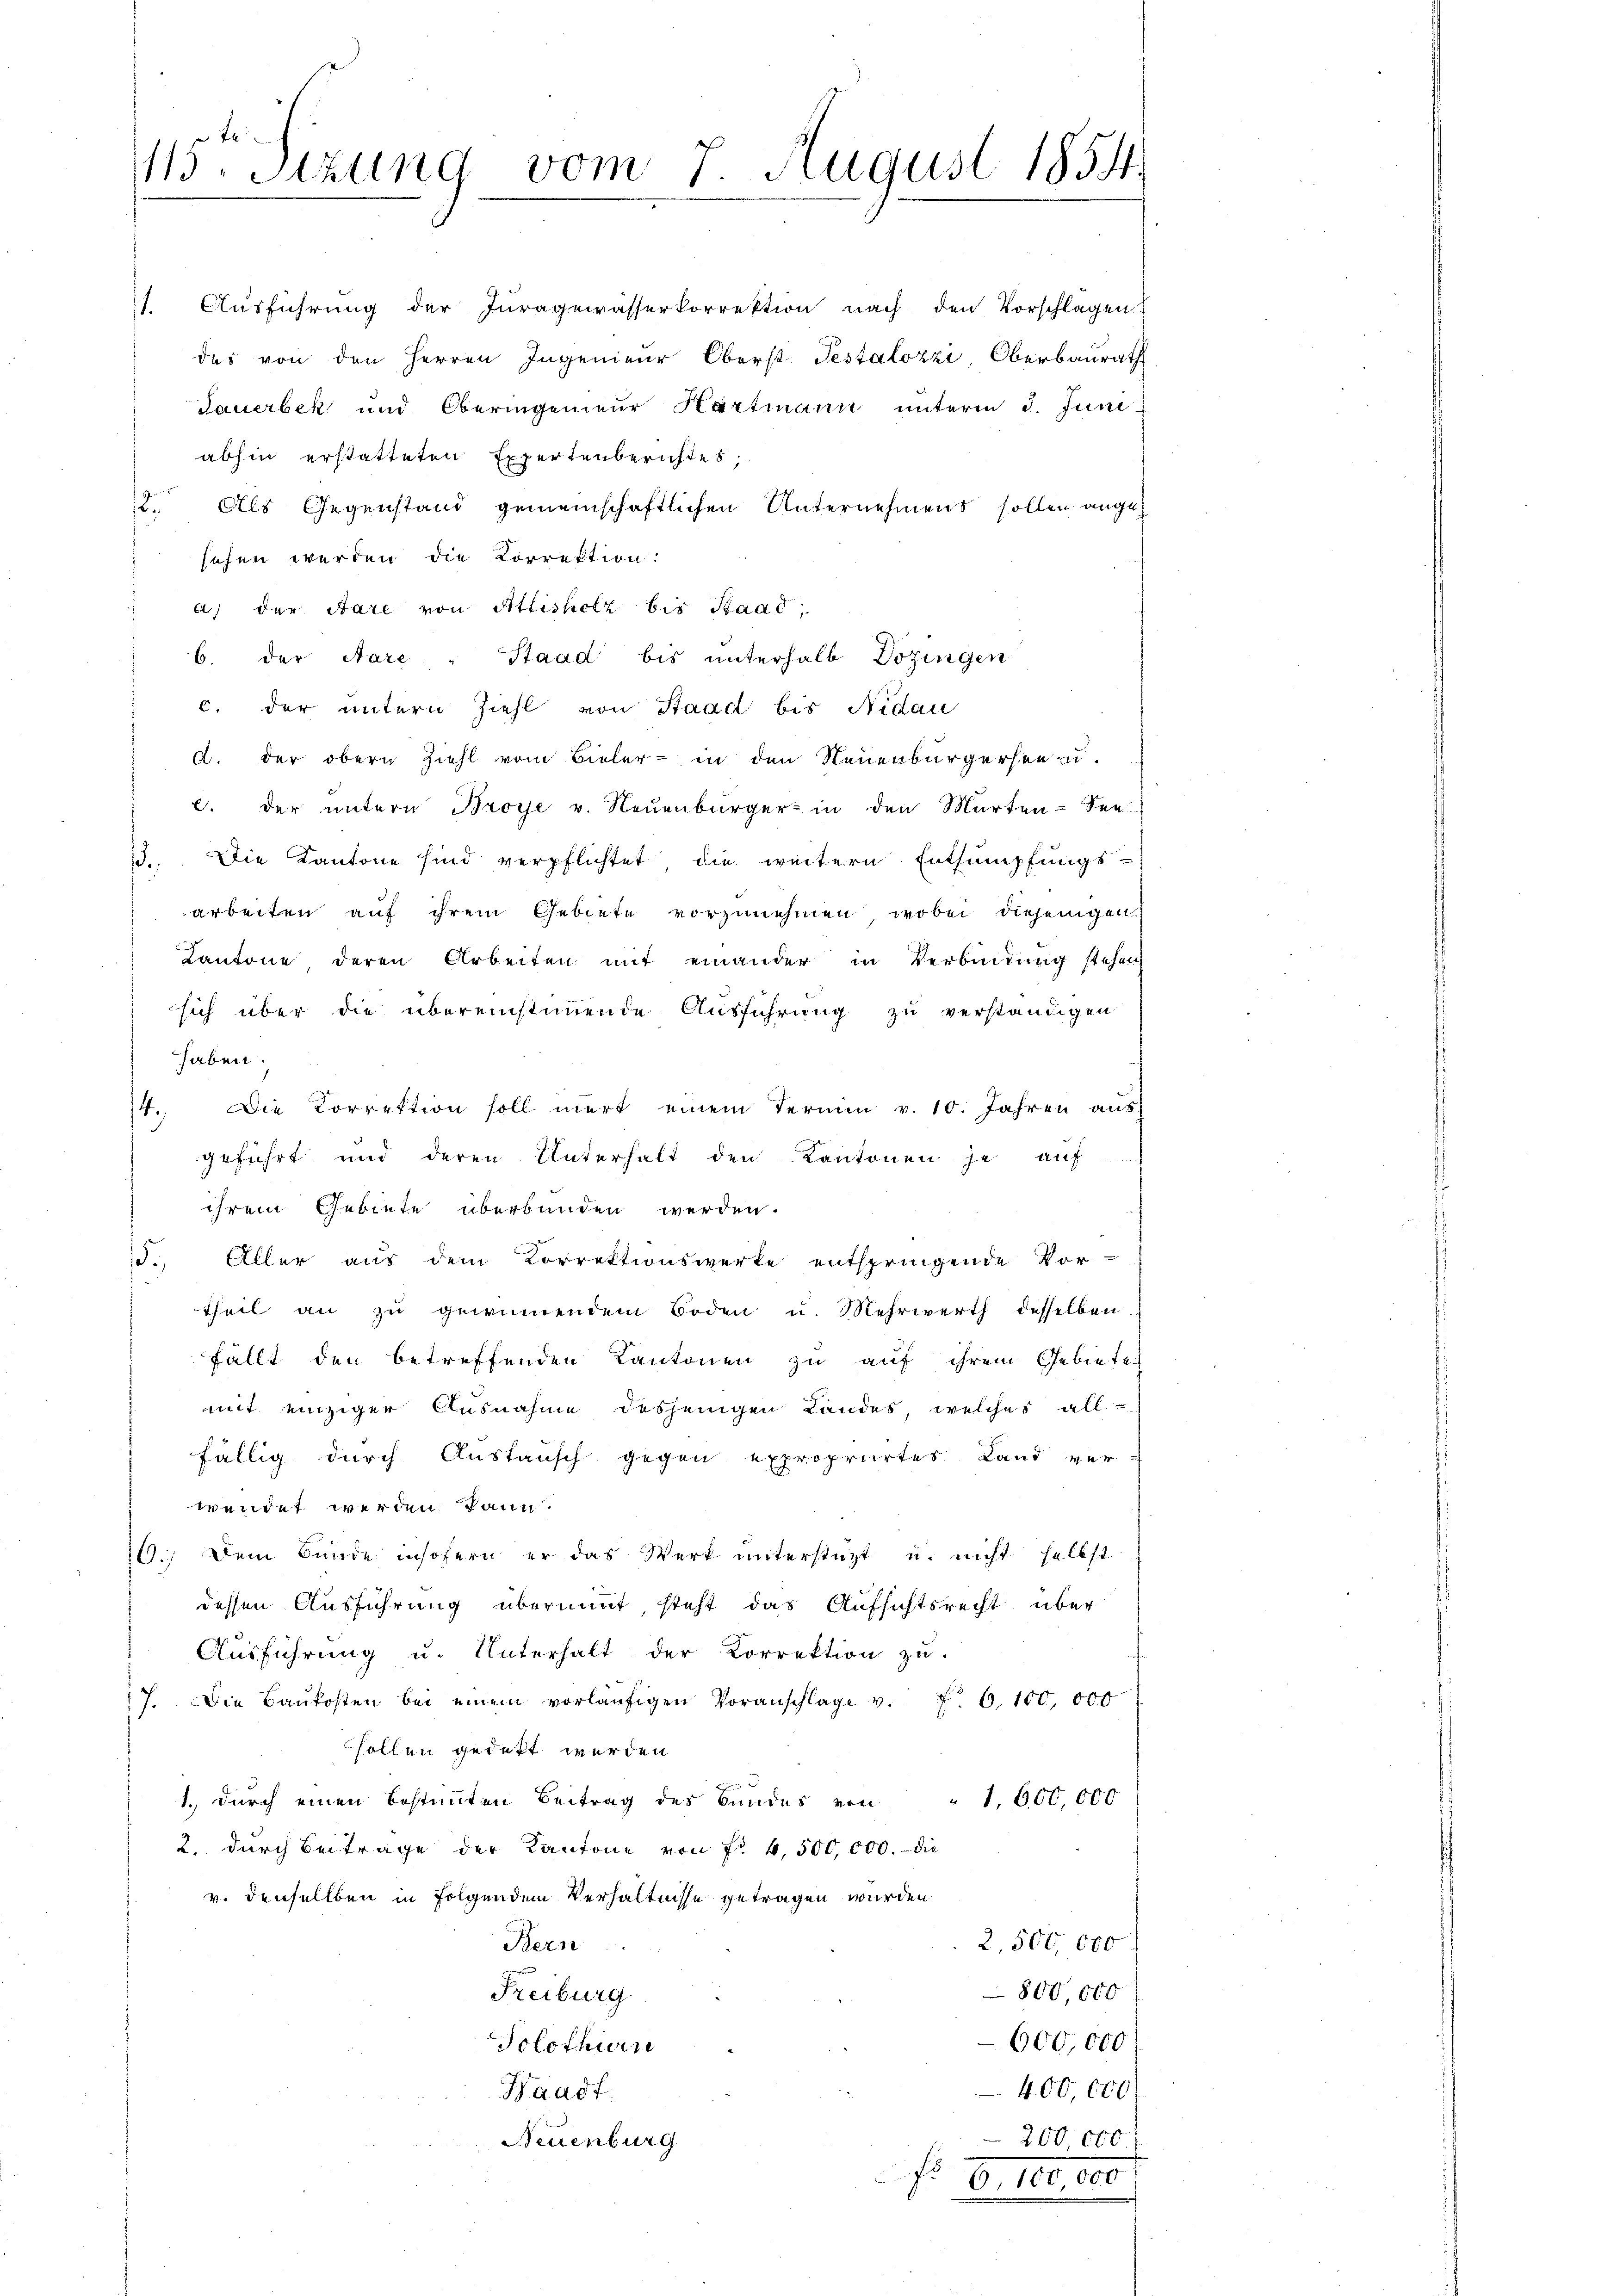
115ten Sizung vom 7. August 1854.

abhin erstatteten Expertenberichtes,
12. Als Gegenstand gemeinschaftlichen Unternehmens sollen angesehen werden die Korrektion:
a) der Aare von Attisholz bis Baad,
b. der Aare " Staad bis unterhalb Dozingen
c. der untern Ziehl von Staad bis Nidau
d. der obern Ziehl vom Bieler - in den Neuenburgersee zu
b. der untern Broye v. Neuenburger in den Marten-See
13. Die Kantone sind verpflichtet die weitern Entsumpfungsarbeiten auf ihrem Gebiete vorzunehmen, wobei diejenigen
Kantone deren Arbeiten mit einander in Verbindung stehen
 sich über die übereinstimmende Ausführung zu verständigen
haben.
14. Die Korrektion soll mert einem Termin v. 10. Jahren aŭs
geführt und deren Unterhalt den Kantonen je auf
ihrem Gebiete überbunden werden.
15. Aller aus dem Korrektionswerke entspringende Vor-
theil an zu gewinnendem Boden u. Mehrwerth desselben
fällt den betreffenden Kantonen zu auf ihrem Gebiete
mit einziger Ausnahme desjenigen Landes, welches all-
fällig durch Austausch gegen exproprirtes Land verwendet werden kann.
16.) Dem Bunde insofern er das Werk unterstüzt u. nicht selbst
dessen Ausführung übernimmt, steht das Aufsichtsrecht über
Aŭsführŭng u. Unterhalt der Korrektion zŭ
17. Die Baŭkosten bei einem vorläŭfigen Voranschlage v. f. 6, 100,000
sollen gedeckt werden
1., durch einen bestimmten Beitrag des Bundes von " 1,600,000
2. dŭrch Beitrage der Kantone von Nr 4,500,000.- die
v. denselben in Folgendem Verhältnisse getragen wurden
2,500,000
Bern
800,000
Freiburg
600,000
Solothurn
Waadt
400,000
Neuenburg
200 00

1. Ausführung der Juragewasserkorrektion nach den Vorschlägen
des von den Herren Ingenieur Oberst Testalozzi Oberbaurath
Sauerbek und Oberingenieur Hartmann unterm 3. Juni

No 9, 100,000
8